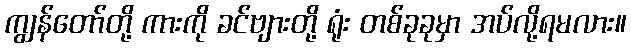
ကျွန်တော်တို့ ကားကို ခင်ဗျားတို့ ရုံး တစ်ခုခုမှာ အပ်လို့ရမလား။